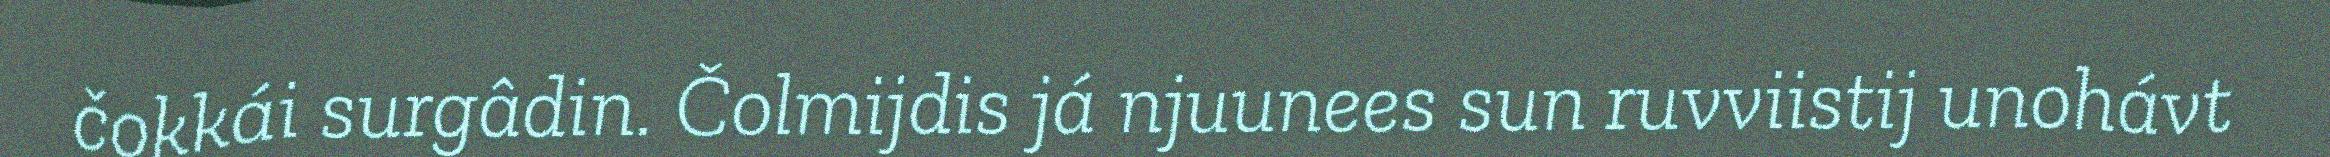
čokkái surgâdin. Čolmijdis já njuunees sun ruvviistij unohávt